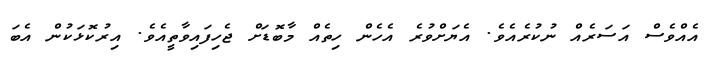
އެއްވެސް އަސަރެއް ނުކުރެއެވެ. އެޔަށްވުރެ އެހެން ހިތެއް މާބޮޑަށް ޖެހިފައިވާތީއެވެ. އިރުކޮޅަކުން އެބަ